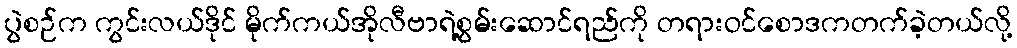
ပွဲစဉ်က ကွင်းလယ်ဒိုင် မိုက်ကယ်အိုလီဗာရဲ့စွမ်းဆောင်ရည်ကို တရားဝင်စောဒကတက်ခဲ့တယ်လို့